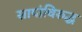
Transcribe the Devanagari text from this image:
सापांविरुद्ध